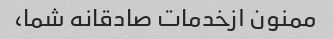
ممنون ازخدمات صادقانه شما،